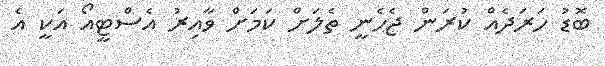
ބޮޑު ހަރަދެއް ކުރަން ޖެހެނީ ތެލަށް ކަމަށް ވާއިރު އެސްޓީއޯ އަކީ އެ